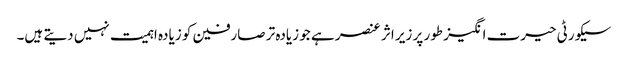
سیکورٹی حیرت انگیز طور پر زیر اثر عنصر ہے جو زیادہ تر صارفین کو زیادہ اہمیت نہیں دیتے ہیں۔